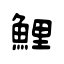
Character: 鯉